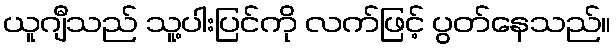
ယူဂျီသည် သူ့ပါးပြင်ကို လက်ဖြင့် ပွတ်နေသည်။